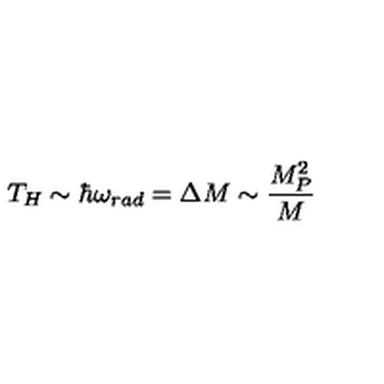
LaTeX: T _ { H } \sim \hbar \omega _ { r a d } = \Delta M \sim \frac { M _ { P } ^ { 2 } } { M }